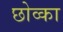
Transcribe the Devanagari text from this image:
छोव्का